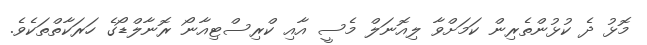
މޮޅު ދެ ކުޅުންތެރިން ކަމަށްވާ ލިއޮނަލް މެސީ އާއި ކްރިސްޓިއާނޯ ރޮނާލްޑޯގެ ހަރަކާތްތަކެވެ.